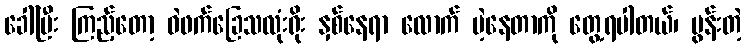
ခေါ်ပြီး ကြည့်တော့ ဝဲဖက်ခြေသလုံးရိုး နှစ်နေရာ လောက် ပဲ့နေတာကို တွေ့ရပါတယ်၊ ပွန်းတဲ့